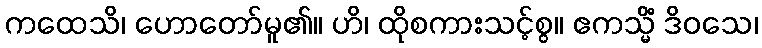
ကထေသိ၊ ဟောတော်မူ၏။ ဟိ၊ ထိုစကားသင့်စွ။ ဧကသ္မိံ ဒိဝသေ၊